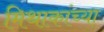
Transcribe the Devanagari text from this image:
मिथाकांच्या